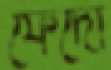
ফেঁদো